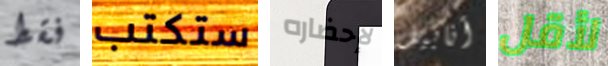
فقط ستكتب لإحضاره أنابيل لأقل